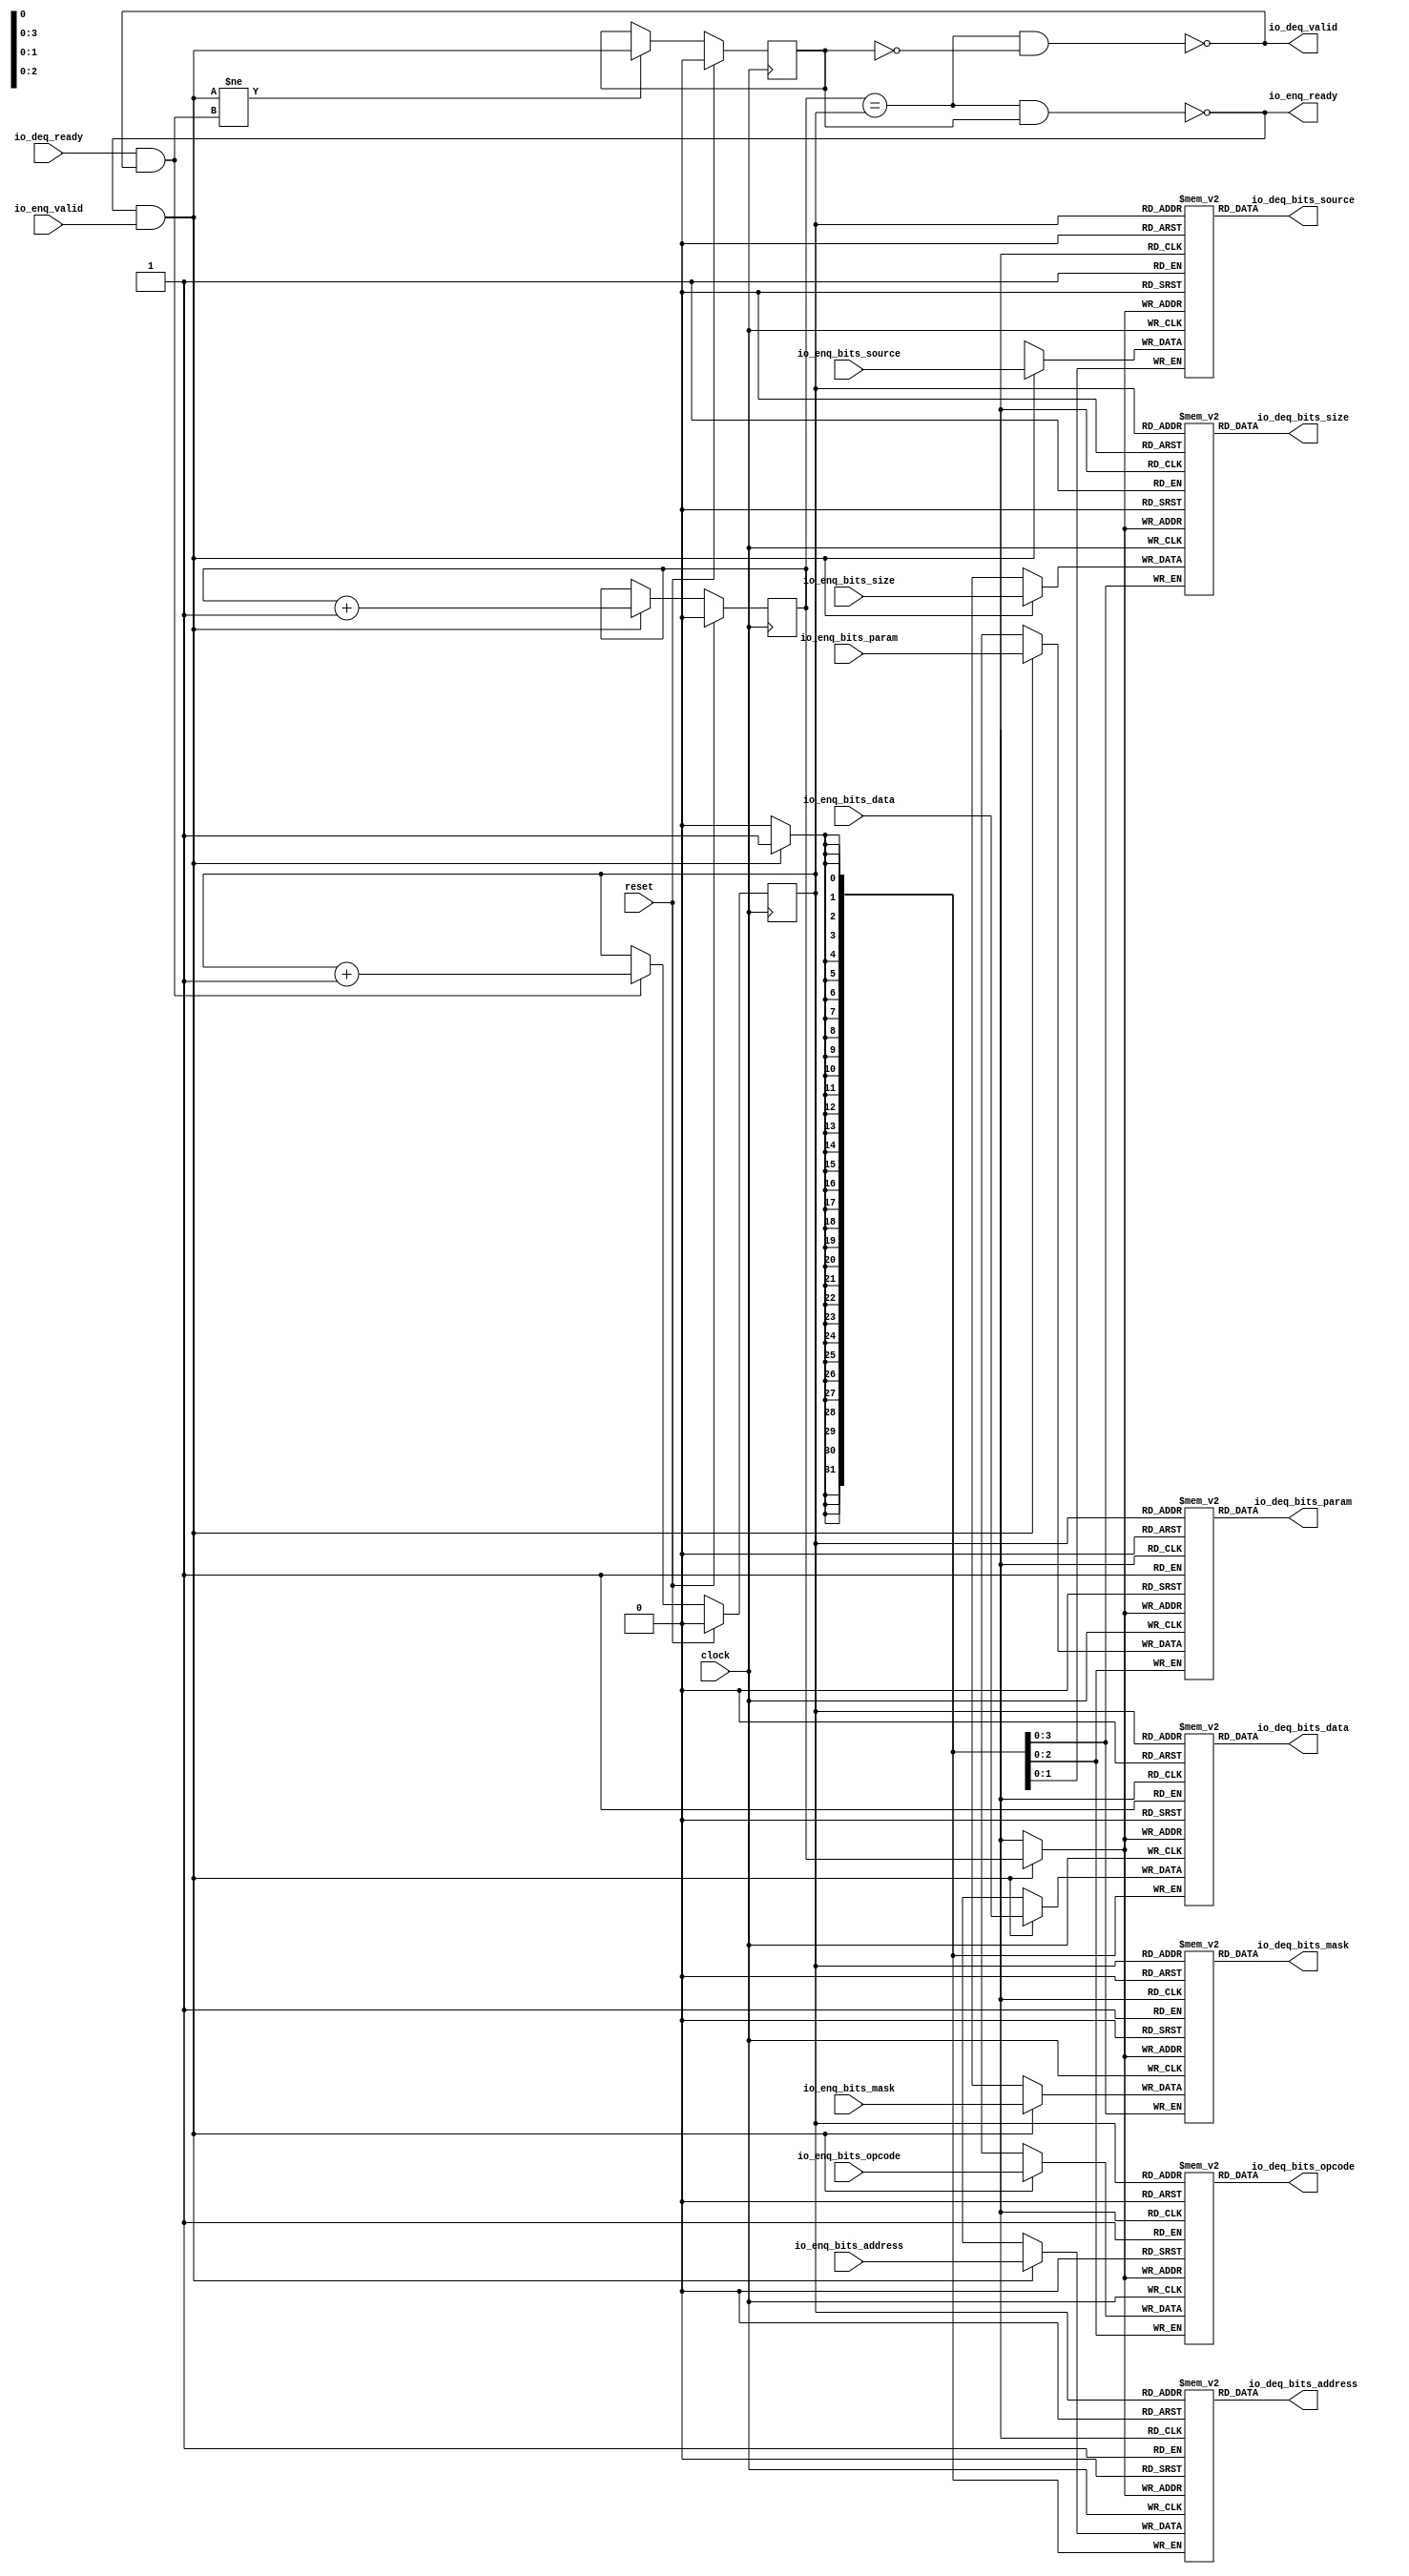
// Copyright (c) 2017, Microsemi Corporation
// All rights reserved.
//
// Redistribution and use in source and binary forms, with or without
// modification, are permitted provided that the following conditions are met:
//     * Redistributions of source code must retain the above copyright
//       notice, this list of conditions and the following disclaimer.
//     * Redistributions in binary form must reproduce the above copyright
//       notice, this list of conditions and the following disclaimer in the
//       documentation and/or other materials provided with the distribution.
//     * Neither the name of the <organization> nor the
//       names of its contributors may be used to endorse or promote products
//       derived from this software without specific prior written permission.
//
// THIS SOFTWARE IS PROVIDED BY THE COPYRIGHT HOLDERS AND CONTRIBUTORS "AS IS" AND
// ANY EXPRESS OR IMPLIED WARRANTIES, INCLUDING, BUT NOT LIMITED TO, THE IMPLIED
// WARRANTIES OF MERCHANTABILITY AND FITNESS FOR A PARTICULAR PURPOSE ARE
// DISCLAIMED. IN NO EVENT SHALL MICROSEMI CORPORATIONM BE LIABLE FOR ANY
// DIRECT, INDIRECT, INCIDENTAL, SPECIAL, EXEMPLARY, OR CONSEQUENTIAL DAMAGES
// (INCLUDING, BUT NOT LIMITED TO, PROCUREMENT OF SUBSTITUTE GOODS OR SERVICES;
// LOSS OF USE, DATA, OR PROFITS; OR BUSINESS INTERRUPTION) HOWEVER CAUSED AND
// ON ANY THEORY OF LIABILITY, WHETHER IN CONTRACT, STRICT LIABILITY, OR TORT
// (INCLUDING NEGLIGENCE OR OTHERWISE) ARISING IN ANY WAY OUT OF THE USE OF THIS
// SOFTWARE, EVEN IF ADVISED OF THE POSSIBILITY OF SUCH DAMAGE.
//
// APACHE LICENSE
// Copyright (c) 2017, Microsemi Corporation 
//
// Licensed under the Apache License, Version 2.0 (the "License");
// you may not use this file except in compliance with the License.
// You may obtain a copy of the License at
//
//    http://www.apache.org/licenses/LICENSE-2.0
//
// Unless required by applicable law or agreed to in writing, software
// distributed under the License is distributed on an "AS IS" BASIS,
// WITHOUT WARRANTIES OR CONDITIONS OF ANY KIND, either express or implied.
// See the License for the specific language governing permissions and
// limitations under the License.
//
// Description:
//
// SVN Revision Information:
// SVN $Revision: $
// SVN $Date: $
//
// Resolved SARs
// SAR      Date     Who   Description
//
// Notes:
//
// ****************************************************************************/
`ifndef RANDOMIZE_REG_INIT 
	 `define RANDOMIZE_REG_INIT 
 `endif
`ifndef RANDOMIZE_MEM_INIT 
	 `define RANDOMIZE_MEM_INIT 
 `endif
`ifndef RANDOMIZE 
	 `define RANDOMIZE 
`endif

`timescale 1ns/10ps
module MiV_AXI_MiV_AXI_0_MIV_RV32IMA_L1_AXI_QUEUE_11( // @[:freechips.rocketchip.system.MivRV32ImaL1AhbConfig.fir@106659.2]
  input         clock, // @[:freechips.rocketchip.system.MivRV32ImaL1AhbConfig.fir@106660.4]
  input         reset, // @[:freechips.rocketchip.system.MivRV32ImaL1AhbConfig.fir@106661.4]
  output        io_enq_ready, // @[:freechips.rocketchip.system.MivRV32ImaL1AhbConfig.fir@106662.4]
  input         io_enq_valid, // @[:freechips.rocketchip.system.MivRV32ImaL1AhbConfig.fir@106662.4]
  input  [2:0]  io_enq_bits_opcode, // @[:freechips.rocketchip.system.MivRV32ImaL1AhbConfig.fir@106662.4]
  input  [2:0]  io_enq_bits_param, // @[:freechips.rocketchip.system.MivRV32ImaL1AhbConfig.fir@106662.4]
  input  [3:0]  io_enq_bits_size, // @[:freechips.rocketchip.system.MivRV32ImaL1AhbConfig.fir@106662.4]
  input  [1:0]  io_enq_bits_source, // @[:freechips.rocketchip.system.MivRV32ImaL1AhbConfig.fir@106662.4]
  input  [31:0] io_enq_bits_address, // @[:freechips.rocketchip.system.MivRV32ImaL1AhbConfig.fir@106662.4]
  input  [3:0]  io_enq_bits_mask, // @[:freechips.rocketchip.system.MivRV32ImaL1AhbConfig.fir@106662.4]
  input  [31:0] io_enq_bits_data, // @[:freechips.rocketchip.system.MivRV32ImaL1AhbConfig.fir@106662.4]
  input         io_deq_ready, // @[:freechips.rocketchip.system.MivRV32ImaL1AhbConfig.fir@106662.4]
  output        io_deq_valid, // @[:freechips.rocketchip.system.MivRV32ImaL1AhbConfig.fir@106662.4]
  output [2:0]  io_deq_bits_opcode, // @[:freechips.rocketchip.system.MivRV32ImaL1AhbConfig.fir@106662.4]
  output [2:0]  io_deq_bits_param, // @[:freechips.rocketchip.system.MivRV32ImaL1AhbConfig.fir@106662.4]
  output [3:0]  io_deq_bits_size, // @[:freechips.rocketchip.system.MivRV32ImaL1AhbConfig.fir@106662.4]
  output [1:0]  io_deq_bits_source, // @[:freechips.rocketchip.system.MivRV32ImaL1AhbConfig.fir@106662.4]
  output [31:0] io_deq_bits_address, // @[:freechips.rocketchip.system.MivRV32ImaL1AhbConfig.fir@106662.4]
  output [3:0]  io_deq_bits_mask, // @[:freechips.rocketchip.system.MivRV32ImaL1AhbConfig.fir@106662.4]
  output [31:0] io_deq_bits_data // @[:freechips.rocketchip.system.MivRV32ImaL1AhbConfig.fir@106662.4]
);
  reg [2:0] ram_opcode [0:1] /* synthesis syn_ramstyle = "registers" */; // @[Decoupled.scala 211:24:freechips.rocketchip.system.MivRV32ImaL1AhbConfig.fir@106664.4]
  reg [31:0] _RAND_0;
  wire [2:0] ram_opcode__T_50_data; // @[Decoupled.scala 211:24:freechips.rocketchip.system.MivRV32ImaL1AhbConfig.fir@106664.4]
  wire  ram_opcode__T_50_addr; // @[Decoupled.scala 211:24:freechips.rocketchip.system.MivRV32ImaL1AhbConfig.fir@106664.4]
  wire [2:0] ram_opcode__T_36_data; // @[Decoupled.scala 211:24:freechips.rocketchip.system.MivRV32ImaL1AhbConfig.fir@106664.4]
  wire  ram_opcode__T_36_addr; // @[Decoupled.scala 211:24:freechips.rocketchip.system.MivRV32ImaL1AhbConfig.fir@106664.4]
  wire  ram_opcode__T_36_mask; // @[Decoupled.scala 211:24:freechips.rocketchip.system.MivRV32ImaL1AhbConfig.fir@106664.4]
  wire  ram_opcode__T_36_en; // @[Decoupled.scala 211:24:freechips.rocketchip.system.MivRV32ImaL1AhbConfig.fir@106664.4]
  reg [2:0] ram_param [0:1] /* synthesis syn_ramstyle = "registers" */; // @[Decoupled.scala 211:24:freechips.rocketchip.system.MivRV32ImaL1AhbConfig.fir@106664.4]
  reg [31:0] _RAND_1;
  wire [2:0] ram_param__T_50_data; // @[Decoupled.scala 211:24:freechips.rocketchip.system.MivRV32ImaL1AhbConfig.fir@106664.4]
  wire  ram_param__T_50_addr; // @[Decoupled.scala 211:24:freechips.rocketchip.system.MivRV32ImaL1AhbConfig.fir@106664.4]
  wire [2:0] ram_param__T_36_data; // @[Decoupled.scala 211:24:freechips.rocketchip.system.MivRV32ImaL1AhbConfig.fir@106664.4]
  wire  ram_param__T_36_addr; // @[Decoupled.scala 211:24:freechips.rocketchip.system.MivRV32ImaL1AhbConfig.fir@106664.4]
  wire  ram_param__T_36_mask; // @[Decoupled.scala 211:24:freechips.rocketchip.system.MivRV32ImaL1AhbConfig.fir@106664.4]
  wire  ram_param__T_36_en; // @[Decoupled.scala 211:24:freechips.rocketchip.system.MivRV32ImaL1AhbConfig.fir@106664.4]
  reg [3:0] ram_size [0:1] /* synthesis syn_ramstyle = "registers" */; // @[Decoupled.scala 211:24:freechips.rocketchip.system.MivRV32ImaL1AhbConfig.fir@106664.4]
  reg [31:0] _RAND_2;
  wire [3:0] ram_size__T_50_data; // @[Decoupled.scala 211:24:freechips.rocketchip.system.MivRV32ImaL1AhbConfig.fir@106664.4]
  wire  ram_size__T_50_addr; // @[Decoupled.scala 211:24:freechips.rocketchip.system.MivRV32ImaL1AhbConfig.fir@106664.4]
  wire [3:0] ram_size__T_36_data; // @[Decoupled.scala 211:24:freechips.rocketchip.system.MivRV32ImaL1AhbConfig.fir@106664.4]
  wire  ram_size__T_36_addr; // @[Decoupled.scala 211:24:freechips.rocketchip.system.MivRV32ImaL1AhbConfig.fir@106664.4]
  wire  ram_size__T_36_mask; // @[Decoupled.scala 211:24:freechips.rocketchip.system.MivRV32ImaL1AhbConfig.fir@106664.4]
  wire  ram_size__T_36_en; // @[Decoupled.scala 211:24:freechips.rocketchip.system.MivRV32ImaL1AhbConfig.fir@106664.4]
  reg [1:0] ram_source [0:1] /* synthesis syn_ramstyle = "registers" */; // @[Decoupled.scala 211:24:freechips.rocketchip.system.MivRV32ImaL1AhbConfig.fir@106664.4]
  reg [31:0] _RAND_3;
  wire [1:0] ram_source__T_50_data; // @[Decoupled.scala 211:24:freechips.rocketchip.system.MivRV32ImaL1AhbConfig.fir@106664.4]
  wire  ram_source__T_50_addr; // @[Decoupled.scala 211:24:freechips.rocketchip.system.MivRV32ImaL1AhbConfig.fir@106664.4]
  wire [1:0] ram_source__T_36_data; // @[Decoupled.scala 211:24:freechips.rocketchip.system.MivRV32ImaL1AhbConfig.fir@106664.4]
  wire  ram_source__T_36_addr; // @[Decoupled.scala 211:24:freechips.rocketchip.system.MivRV32ImaL1AhbConfig.fir@106664.4]
  wire  ram_source__T_36_mask; // @[Decoupled.scala 211:24:freechips.rocketchip.system.MivRV32ImaL1AhbConfig.fir@106664.4]
  wire  ram_source__T_36_en; // @[Decoupled.scala 211:24:freechips.rocketchip.system.MivRV32ImaL1AhbConfig.fir@106664.4]
  reg [31:0] ram_address [0:1] /* synthesis syn_ramstyle = "registers" */; // @[Decoupled.scala 211:24:freechips.rocketchip.system.MivRV32ImaL1AhbConfig.fir@106664.4]
  reg [31:0] _RAND_4;
  wire [31:0] ram_address__T_50_data; // @[Decoupled.scala 211:24:freechips.rocketchip.system.MivRV32ImaL1AhbConfig.fir@106664.4]
  wire  ram_address__T_50_addr; // @[Decoupled.scala 211:24:freechips.rocketchip.system.MivRV32ImaL1AhbConfig.fir@106664.4]
  wire [31:0] ram_address__T_36_data; // @[Decoupled.scala 211:24:freechips.rocketchip.system.MivRV32ImaL1AhbConfig.fir@106664.4]
  wire  ram_address__T_36_addr; // @[Decoupled.scala 211:24:freechips.rocketchip.system.MivRV32ImaL1AhbConfig.fir@106664.4]
  wire  ram_address__T_36_mask; // @[Decoupled.scala 211:24:freechips.rocketchip.system.MivRV32ImaL1AhbConfig.fir@106664.4]
  wire  ram_address__T_36_en; // @[Decoupled.scala 211:24:freechips.rocketchip.system.MivRV32ImaL1AhbConfig.fir@106664.4]
  reg [3:0] ram_mask [0:1] /* synthesis syn_ramstyle = "registers" */; // @[Decoupled.scala 211:24:freechips.rocketchip.system.MivRV32ImaL1AhbConfig.fir@106664.4]
  reg [31:0] _RAND_5;
  wire [3:0] ram_mask__T_50_data; // @[Decoupled.scala 211:24:freechips.rocketchip.system.MivRV32ImaL1AhbConfig.fir@106664.4]
  wire  ram_mask__T_50_addr; // @[Decoupled.scala 211:24:freechips.rocketchip.system.MivRV32ImaL1AhbConfig.fir@106664.4]
  wire [3:0] ram_mask__T_36_data; // @[Decoupled.scala 211:24:freechips.rocketchip.system.MivRV32ImaL1AhbConfig.fir@106664.4]
  wire  ram_mask__T_36_addr; // @[Decoupled.scala 211:24:freechips.rocketchip.system.MivRV32ImaL1AhbConfig.fir@106664.4]
  wire  ram_mask__T_36_mask; // @[Decoupled.scala 211:24:freechips.rocketchip.system.MivRV32ImaL1AhbConfig.fir@106664.4]
  wire  ram_mask__T_36_en; // @[Decoupled.scala 211:24:freechips.rocketchip.system.MivRV32ImaL1AhbConfig.fir@106664.4]
  reg [31:0] ram_data [0:1] /* synthesis syn_ramstyle = "registers" */; // @[Decoupled.scala 211:24:freechips.rocketchip.system.MivRV32ImaL1AhbConfig.fir@106664.4]
  reg [31:0] _RAND_6;
  wire [31:0] ram_data__T_50_data; // @[Decoupled.scala 211:24:freechips.rocketchip.system.MivRV32ImaL1AhbConfig.fir@106664.4]
  wire  ram_data__T_50_addr; // @[Decoupled.scala 211:24:freechips.rocketchip.system.MivRV32ImaL1AhbConfig.fir@106664.4]
  wire [31:0] ram_data__T_36_data; // @[Decoupled.scala 211:24:freechips.rocketchip.system.MivRV32ImaL1AhbConfig.fir@106664.4]
  wire  ram_data__T_36_addr; // @[Decoupled.scala 211:24:freechips.rocketchip.system.MivRV32ImaL1AhbConfig.fir@106664.4]
  wire  ram_data__T_36_mask; // @[Decoupled.scala 211:24:freechips.rocketchip.system.MivRV32ImaL1AhbConfig.fir@106664.4]
  wire  ram_data__T_36_en; // @[Decoupled.scala 211:24:freechips.rocketchip.system.MivRV32ImaL1AhbConfig.fir@106664.4]
  reg  value; // @[Counter.scala 26:33:freechips.rocketchip.system.MivRV32ImaL1AhbConfig.fir@106665.4]
  reg [31:0] _RAND_7;
  reg  value_1; // @[Counter.scala 26:33:freechips.rocketchip.system.MivRV32ImaL1AhbConfig.fir@106666.4]
  reg [31:0] _RAND_8;
  reg  maybe_full; // @[Decoupled.scala 214:35:freechips.rocketchip.system.MivRV32ImaL1AhbConfig.fir@106667.4]
  reg [31:0] _RAND_9;
  wire  _T_28; // @[Decoupled.scala 216:41:freechips.rocketchip.system.MivRV32ImaL1AhbConfig.fir@106668.4]
  wire  _T_30; // @[Decoupled.scala 217:36:freechips.rocketchip.system.MivRV32ImaL1AhbConfig.fir@106669.4]
  wire  empty; // @[Decoupled.scala 217:33:freechips.rocketchip.system.MivRV32ImaL1AhbConfig.fir@106670.4]
  wire  _T_31; // @[Decoupled.scala 218:32:freechips.rocketchip.system.MivRV32ImaL1AhbConfig.fir@106671.4]
  wire  do_enq; // @[Decoupled.scala 30:37:freechips.rocketchip.system.MivRV32ImaL1AhbConfig.fir@106672.4]
  wire  do_deq; // @[Decoupled.scala 30:37:freechips.rocketchip.system.MivRV32ImaL1AhbConfig.fir@106675.4]
  wire [1:0] _T_39; // @[Counter.scala 35:22:freechips.rocketchip.system.MivRV32ImaL1AhbConfig.fir@106688.6]
  wire  _T_40; // @[Counter.scala 35:22:freechips.rocketchip.system.MivRV32ImaL1AhbConfig.fir@106689.6]
  wire  _GEN_10; // @[Decoupled.scala 222:17:freechips.rocketchip.system.MivRV32ImaL1AhbConfig.fir@106678.4]
  wire [1:0] _T_43; // @[Counter.scala 35:22:freechips.rocketchip.system.MivRV32ImaL1AhbConfig.fir@106694.6]
  wire  _T_44; // @[Counter.scala 35:22:freechips.rocketchip.system.MivRV32ImaL1AhbConfig.fir@106695.6]
  wire  _GEN_11; // @[Decoupled.scala 226:17:freechips.rocketchip.system.MivRV32ImaL1AhbConfig.fir@106692.4]
  wire  _T_45; // @[Decoupled.scala 229:16:freechips.rocketchip.system.MivRV32ImaL1AhbConfig.fir@106698.4]
  wire  _GEN_12; // @[Decoupled.scala 229:27:freechips.rocketchip.system.MivRV32ImaL1AhbConfig.fir@106699.4]
  wire  _T_47; // @[Decoupled.scala 233:19:freechips.rocketchip.system.MivRV32ImaL1AhbConfig.fir@106702.4]
  wire  _T_49; // @[Decoupled.scala 234:19:freechips.rocketchip.system.MivRV32ImaL1AhbConfig.fir@106704.4]
  assign ram_opcode__T_50_addr = value_1;
  assign ram_opcode__T_50_data = ram_opcode[ram_opcode__T_50_addr]; // @[Decoupled.scala 211:24:freechips.rocketchip.system.MivRV32ImaL1AhbConfig.fir@106664.4]
  assign ram_opcode__T_36_data = io_enq_bits_opcode;
  assign ram_opcode__T_36_addr = value;
  assign ram_opcode__T_36_mask = do_enq;
  assign ram_opcode__T_36_en = do_enq;
  assign ram_param__T_50_addr = value_1;
  assign ram_param__T_50_data = ram_param[ram_param__T_50_addr]; // @[Decoupled.scala 211:24:freechips.rocketchip.system.MivRV32ImaL1AhbConfig.fir@106664.4]
  assign ram_param__T_36_data = io_enq_bits_param;
  assign ram_param__T_36_addr = value;
  assign ram_param__T_36_mask = do_enq;
  assign ram_param__T_36_en = do_enq;
  assign ram_size__T_50_addr = value_1;
  assign ram_size__T_50_data = ram_size[ram_size__T_50_addr]; // @[Decoupled.scala 211:24:freechips.rocketchip.system.MivRV32ImaL1AhbConfig.fir@106664.4]
  assign ram_size__T_36_data = io_enq_bits_size;
  assign ram_size__T_36_addr = value;
  assign ram_size__T_36_mask = do_enq;
  assign ram_size__T_36_en = do_enq;
  assign ram_source__T_50_addr = value_1;
  assign ram_source__T_50_data = ram_source[ram_source__T_50_addr]; // @[Decoupled.scala 211:24:freechips.rocketchip.system.MivRV32ImaL1AhbConfig.fir@106664.4]
  assign ram_source__T_36_data = io_enq_bits_source;
  assign ram_source__T_36_addr = value;
  assign ram_source__T_36_mask = do_enq;
  assign ram_source__T_36_en = do_enq;
  assign ram_address__T_50_addr = value_1;
  assign ram_address__T_50_data = ram_address[ram_address__T_50_addr]; // @[Decoupled.scala 211:24:freechips.rocketchip.system.MivRV32ImaL1AhbConfig.fir@106664.4]
  assign ram_address__T_36_data = io_enq_bits_address;
  assign ram_address__T_36_addr = value;
  assign ram_address__T_36_mask = do_enq;
  assign ram_address__T_36_en = do_enq;
  assign ram_mask__T_50_addr = value_1;
  assign ram_mask__T_50_data = ram_mask[ram_mask__T_50_addr]; // @[Decoupled.scala 211:24:freechips.rocketchip.system.MivRV32ImaL1AhbConfig.fir@106664.4]
  assign ram_mask__T_36_data = io_enq_bits_mask;
  assign ram_mask__T_36_addr = value;
  assign ram_mask__T_36_mask = do_enq;
  assign ram_mask__T_36_en = do_enq;
  assign ram_data__T_50_addr = value_1;
  assign ram_data__T_50_data = ram_data[ram_data__T_50_addr]; // @[Decoupled.scala 211:24:freechips.rocketchip.system.MivRV32ImaL1AhbConfig.fir@106664.4]
  assign ram_data__T_36_data = io_enq_bits_data;
  assign ram_data__T_36_addr = value;
  assign ram_data__T_36_mask = do_enq;
  assign ram_data__T_36_en = do_enq;
  assign _T_28 = value == value_1; // @[Decoupled.scala 216:41:freechips.rocketchip.system.MivRV32ImaL1AhbConfig.fir@106668.4]
  assign _T_30 = maybe_full == 1'h0; // @[Decoupled.scala 217:36:freechips.rocketchip.system.MivRV32ImaL1AhbConfig.fir@106669.4]
  assign empty = _T_28 & _T_30; // @[Decoupled.scala 217:33:freechips.rocketchip.system.MivRV32ImaL1AhbConfig.fir@106670.4]
  assign _T_31 = _T_28 & maybe_full; // @[Decoupled.scala 218:32:freechips.rocketchip.system.MivRV32ImaL1AhbConfig.fir@106671.4]
  assign do_enq = io_enq_ready & io_enq_valid; // @[Decoupled.scala 30:37:freechips.rocketchip.system.MivRV32ImaL1AhbConfig.fir@106672.4]
  assign do_deq = io_deq_ready & io_deq_valid; // @[Decoupled.scala 30:37:freechips.rocketchip.system.MivRV32ImaL1AhbConfig.fir@106675.4]
  assign _T_39 = value + 1'h1; // @[Counter.scala 35:22:freechips.rocketchip.system.MivRV32ImaL1AhbConfig.fir@106688.6]
  assign _T_40 = _T_39[0:0]; // @[Counter.scala 35:22:freechips.rocketchip.system.MivRV32ImaL1AhbConfig.fir@106689.6]
  assign _GEN_10 = do_enq ? _T_40 : value; // @[Decoupled.scala 222:17:freechips.rocketchip.system.MivRV32ImaL1AhbConfig.fir@106678.4]
  assign _T_43 = value_1 + 1'h1; // @[Counter.scala 35:22:freechips.rocketchip.system.MivRV32ImaL1AhbConfig.fir@106694.6]
  assign _T_44 = _T_43[0:0]; // @[Counter.scala 35:22:freechips.rocketchip.system.MivRV32ImaL1AhbConfig.fir@106695.6]
  assign _GEN_11 = do_deq ? _T_44 : value_1; // @[Decoupled.scala 226:17:freechips.rocketchip.system.MivRV32ImaL1AhbConfig.fir@106692.4]
  assign _T_45 = do_enq != do_deq; // @[Decoupled.scala 229:16:freechips.rocketchip.system.MivRV32ImaL1AhbConfig.fir@106698.4]
  assign _GEN_12 = _T_45 ? do_enq : maybe_full; // @[Decoupled.scala 229:27:freechips.rocketchip.system.MivRV32ImaL1AhbConfig.fir@106699.4]
  assign _T_47 = empty == 1'h0; // @[Decoupled.scala 233:19:freechips.rocketchip.system.MivRV32ImaL1AhbConfig.fir@106702.4]
  assign _T_49 = _T_31 == 1'h0; // @[Decoupled.scala 234:19:freechips.rocketchip.system.MivRV32ImaL1AhbConfig.fir@106704.4]
  assign io_enq_ready = _T_49;
  assign io_deq_valid = _T_47;
  assign io_deq_bits_opcode = ram_opcode__T_50_data;
  assign io_deq_bits_param = ram_param__T_50_data;
  assign io_deq_bits_size = ram_size__T_50_data;
  assign io_deq_bits_source = ram_source__T_50_data;
  assign io_deq_bits_address = ram_address__T_50_data;
  assign io_deq_bits_mask = ram_mask__T_50_data;
  assign io_deq_bits_data = ram_data__T_50_data;
`ifdef RANDOMIZE
  integer initvar;
  initial begin
    `ifndef verilator
      #0.002 begin end
    `endif
  _RAND_0 = {1{32'b0}};
  `ifdef RANDOMIZE_MEM_INIT
  for (initvar = 0; initvar < 2; initvar = initvar+1)
    ram_opcode[initvar] = _RAND_0[2:0];
  `endif // RANDOMIZE_MEM_INIT
  _RAND_1 = {1{32'b0}};
  `ifdef RANDOMIZE_MEM_INIT
  for (initvar = 0; initvar < 2; initvar = initvar+1)
    ram_param[initvar] = _RAND_1[2:0];
  `endif // RANDOMIZE_MEM_INIT
  _RAND_2 = {1{32'b0}};
  `ifdef RANDOMIZE_MEM_INIT
  for (initvar = 0; initvar < 2; initvar = initvar+1)
    ram_size[initvar] = _RAND_2[3:0];
  `endif // RANDOMIZE_MEM_INIT
  _RAND_3 = {1{32'b0}};
  `ifdef RANDOMIZE_MEM_INIT
  for (initvar = 0; initvar < 2; initvar = initvar+1)
    ram_source[initvar] = _RAND_3[1:0];
  `endif // RANDOMIZE_MEM_INIT
  _RAND_4 = {1{32'b0}};
  `ifdef RANDOMIZE_MEM_INIT
  for (initvar = 0; initvar < 2; initvar = initvar+1)
    ram_address[initvar] = _RAND_4[31:0];
  `endif // RANDOMIZE_MEM_INIT
  _RAND_5 = {1{32'b0}};
  `ifdef RANDOMIZE_MEM_INIT
  for (initvar = 0; initvar < 2; initvar = initvar+1)
    ram_mask[initvar] = _RAND_5[3:0];
  `endif // RANDOMIZE_MEM_INIT
  _RAND_6 = {1{32'b0}};
  `ifdef RANDOMIZE_MEM_INIT
  for (initvar = 0; initvar < 2; initvar = initvar+1)
    ram_data[initvar] = _RAND_6[31:0];
  `endif // RANDOMIZE_MEM_INIT
  `ifdef RANDOMIZE_REG_INIT
  _RAND_7 = {1{32'b0}};
  value = _RAND_7[0:0];
  `endif // RANDOMIZE_REG_INIT
  `ifdef RANDOMIZE_REG_INIT
  _RAND_8 = {1{32'b0}};
  value_1 = _RAND_8[0:0];
  `endif // RANDOMIZE_REG_INIT
  `ifdef RANDOMIZE_REG_INIT
  _RAND_9 = {1{32'b0}};
  maybe_full = _RAND_9[0:0];
  `endif // RANDOMIZE_REG_INIT
  end
`endif // RANDOMIZE
  always @(posedge clock) begin
    if(ram_opcode__T_36_en & ram_opcode__T_36_mask) begin
      ram_opcode[ram_opcode__T_36_addr] <= ram_opcode__T_36_data; // @[Decoupled.scala 211:24:freechips.rocketchip.system.MivRV32ImaL1AhbConfig.fir@106664.4]
    end
    if(ram_param__T_36_en & ram_param__T_36_mask) begin
      ram_param[ram_param__T_36_addr] <= ram_param__T_36_data; // @[Decoupled.scala 211:24:freechips.rocketchip.system.MivRV32ImaL1AhbConfig.fir@106664.4]
    end
    if(ram_size__T_36_en & ram_size__T_36_mask) begin
      ram_size[ram_size__T_36_addr] <= ram_size__T_36_data; // @[Decoupled.scala 211:24:freechips.rocketchip.system.MivRV32ImaL1AhbConfig.fir@106664.4]
    end
    if(ram_source__T_36_en & ram_source__T_36_mask) begin
      ram_source[ram_source__T_36_addr] <= ram_source__T_36_data; // @[Decoupled.scala 211:24:freechips.rocketchip.system.MivRV32ImaL1AhbConfig.fir@106664.4]
    end
    if(ram_address__T_36_en & ram_address__T_36_mask) begin
      ram_address[ram_address__T_36_addr] <= ram_address__T_36_data; // @[Decoupled.scala 211:24:freechips.rocketchip.system.MivRV32ImaL1AhbConfig.fir@106664.4]
    end
    if(ram_mask__T_36_en & ram_mask__T_36_mask) begin
      ram_mask[ram_mask__T_36_addr] <= ram_mask__T_36_data; // @[Decoupled.scala 211:24:freechips.rocketchip.system.MivRV32ImaL1AhbConfig.fir@106664.4]
    end
    if(ram_data__T_36_en & ram_data__T_36_mask) begin
      ram_data[ram_data__T_36_addr] <= ram_data__T_36_data; // @[Decoupled.scala 211:24:freechips.rocketchip.system.MivRV32ImaL1AhbConfig.fir@106664.4]
    end
    if (reset) begin
      value <= 1'h0;
    end else begin
      if (do_enq) begin
        value <= _T_40;
      end
    end
    if (reset) begin
      value_1 <= 1'h0;
    end else begin
      if (do_deq) begin
        value_1 <= _T_44;
      end
    end
    if (reset) begin
      maybe_full <= 1'h0;
    end else begin
      if (_T_45) begin
        maybe_full <= do_enq;
      end
    end
  end
endmodule